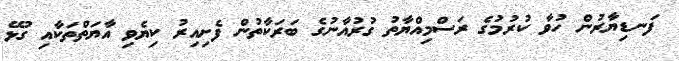
ފަނޑިޔާރުން ހުވާ ކުރުމުގެ ރަސްމިއްޔާތު ގުރުއާނުގެ ބަރަކާތުން ފެށިއިރު ކިޔެވި އާޔަތްތަކާއި ގުޅޭ